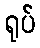
ရုပ်